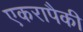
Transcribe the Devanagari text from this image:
एकरापैकी